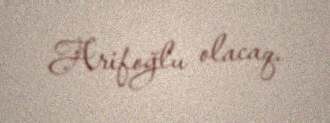
Arifoğlu olacaq.